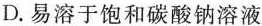
D.易溶于饱和碳酸钠溶液